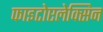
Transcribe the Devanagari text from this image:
फाइटोएलेक्सिन